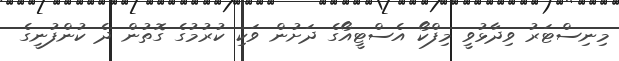
މިނިސްޓަރު ވިދާޅުވީ މިފްކޯ އެސްޓީއޯގެ ދަށުން ވަކި ކުރުމުގެ ގޮތުން ދެ ކުންފުނީގެ